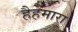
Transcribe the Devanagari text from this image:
हैहमारा